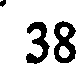
38